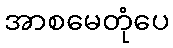
အာစမေတုံပေ